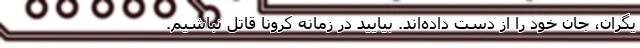
یگران، جان خود را از دست داده‌اند. بیایید در زمانه کرونا قاتل نباشیم.